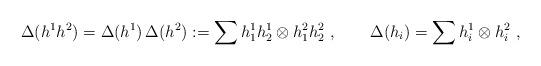
LaTeX: \begin{align*}\Delta (h^1 h^2) = \Delta (h^1) \, \Delta(h^2) := \sum h_1^1 h^1_2\otimes h_1^2 h^2_2 ~,\qquad \Delta(h_i) = \sum h^1_i \otimes h^2_i~,\end{align*}